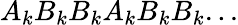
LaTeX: A_{k}B_{k}B_{k}A_{k}B_{k}B_{k}...